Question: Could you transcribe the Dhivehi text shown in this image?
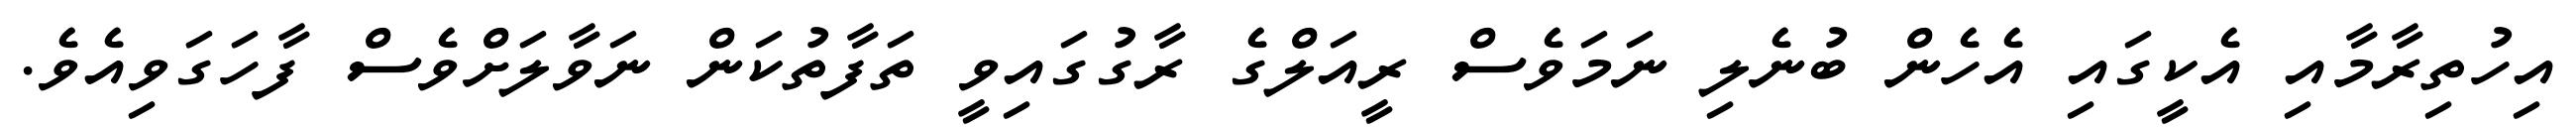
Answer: އިހުތިރާމާއި އެކީގައި އެހެން ބުނެލި ނަމަވެސް ރީއަލްގެ ރާގުގައިވީ ތަފާތުކަން ނަވާލަށްވެސް ފާހަގަވިއެވެ.